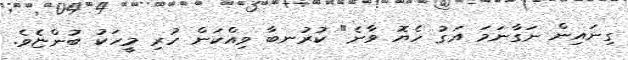
ގިނައިން ނަގާނަމަ އަގު ހެޔޮ ވާނެ" ކުރުނބާ ވިއްކަން ހުރި މީހަކު ބުންޏެވެ.